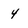
Character: 4